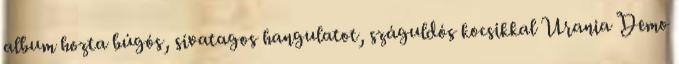
album hozta búgós, sivatagos hangulatot, száguldós kocsikkal Urania Demo